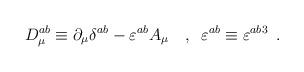
LaTeX: \begin{align*}D_\mu ^{ab}\equiv \partial _\mu \delta ^{ab}-\varepsilon ^{ab}A_\mu\,\,\,\,\,\,,\,\,\,\varepsilon ^{ab}\equiv \varepsilon ^{ab3}\,\,\,.\end{align*}